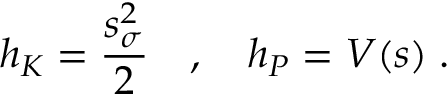
h _ { K } = \frac { s _ { \sigma } ^ { 2 } } { 2 } \quad , \quad h _ { P } = V ( s ) \; .